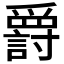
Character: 𬋷